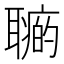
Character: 𦗽